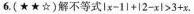
6.(★★☆)解不等式 $$\left | x - 1 \right | + \left | 2 - x \right | >3 + x$$ .